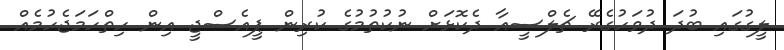
ލީގުގައި ބުދަ ދުވަހުގެރޭ ޗެލްސީއާ ދެކޮޅަށް ނުކުތުމުގެ ކުރިން ޕީއެސްޖީ އިން ހިތްހަމަޖެހުމެއް